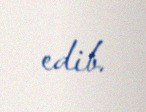
edib.